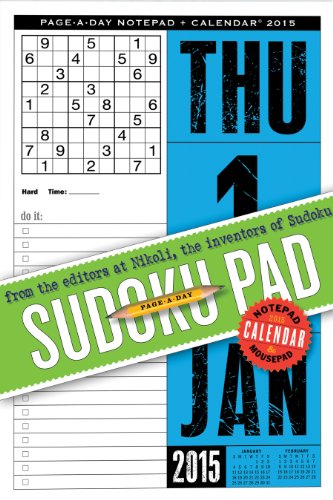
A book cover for Sudoku Page-a-Day Notepad and 2015 Calendar; Editors at Nikoli; Calendars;